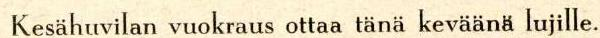
Kesähuvilan vuokraus ottaa tänä keväänä lujille.